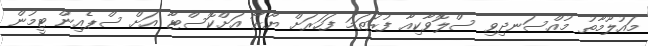
މައުލޫމާތު މުއްސަނދިވި ސްލޮވާކިއާ ފުރަތަމަ ފަހަރަށް ޔޫރޯ އަށްކޮސްޓާ އަށް ސްޕެއިން ޓީމުން